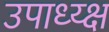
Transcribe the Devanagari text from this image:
उपाध्य्क्ष